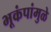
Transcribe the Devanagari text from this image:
भूकंपांमुळे